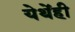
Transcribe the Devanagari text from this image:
येथेंही